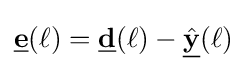
{\underline {\mathbf {e} }}(\ell )={\underline {\mathbf {d} }}(\ell )-{\underline {\hat {\mathbf {y} }}}(\ell )